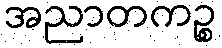
အညာတကဉ္စ